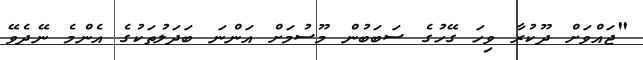
"ޖައްވަށް ދޫކުރާ ވިހަ ގޭހުގެ ސަބަބުން މޫސުމަށް އަންނަ ބަދަލުތަކުގެ އެންމެ ނޭދެވޭ